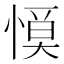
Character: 𢞹